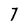
Character: 7